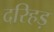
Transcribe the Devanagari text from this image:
दरिहड़